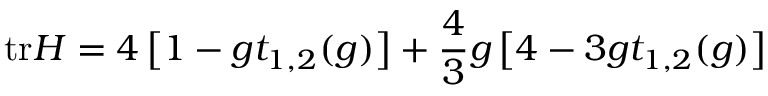
\mathrm { t r } H = 4 \left[ 1 - g t _ { 1 , 2 } ( g ) \right] + \frac { 4 } { 3 } g \left[ 4 - 3 g t _ { 1 , 2 } ( g ) \right]